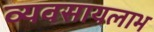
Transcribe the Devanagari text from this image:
व्यवसायलाभ